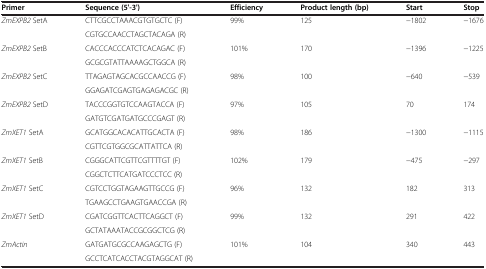
| Primer | Sequence (5'-3') | Efficiency | Product length (bp) | Start | Stop |
 | --- | --- | --- | --- | --- | --- |
 | ZmEXPB2 SetA | CTTCGCCTAAACGTGTGCTC (F) | 99% | 125 | -1802 | -1676 |
 |  | CGTGCCAACCTAGCTACAGA (R) |  |  |  |  |
 | ZmEXPB2 SetB | CACCCACCCATCTCACAGAC (F) | 101% | 170 | -1396 | -1225 |
 |  | GCGCGTATTAAAAGCTGGCA (R) |  |  |  |  |
 | ZmEXPB2 SetC | TTAGAGTAGCACGCCAACCG (F) | 98% | 100 | -640 | -539 |
 |  | GGAGATCGAGTGAGAGACGC (R) |  |  |  |  |
 | ZmEXPB2 SetD | TACCCGGTGTCCAAGTACCA (F) | 97% | 105 | 70 | 174 |
 |  | GATGTCGATGATGCCCGAGT (R) |  |  |  |  |
 | ZmXET1 SetA | GCATGGCACACATTGCACTA (F) | 98% | 186 | -1300 | -1115 |
 |  | CGTTCGTGGCGCATTATTCA (R) |  |  |  |  |
 | ZmXET1 SetB | CGGGCATTCGTTCGTTTTGT (F) | 102% | 179 | -475 | -297 |
 |  | CGGCTCTTCATGATCCCTCC (R) |  |  |  |  |
 | ZmXET1 SetC | CGTCCTGGTAGAAGTTGCCG (F) | 96% | 132 | 182 | 313 |
 |  | TGAAGCCTGAAGTGAACCGA (R) |  |  |  |  |
 | ZmXET1 SetD | CGATCGGTTCACTTCAGGCT (F) | 99% | 132 | 291 | 422 |
 |  | GCTATAAATACCGCGGCTCG (R) |  |  |  |  |
 | ZmActin | GATGATGCGCCAAGAGCTG (F) | 101% | 104 | 340 | 443 |
 |  | GCCTCATCACCTACGTAGGCAT (R) |  |  |  |  |